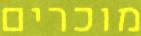
מוכרים